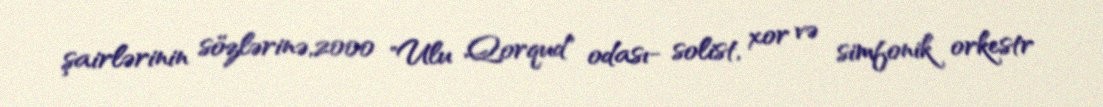
şairlərinin sözlərinə,2000 "Ulu Qorqud" odası- solist, xor və simfonik orkestr